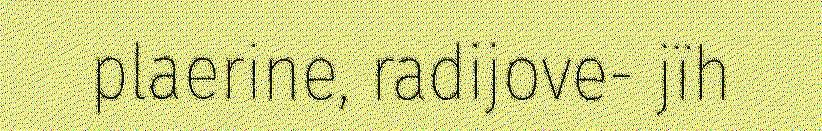
plaerine, radijove- jïh